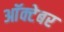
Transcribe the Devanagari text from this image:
आॅक्टेबर